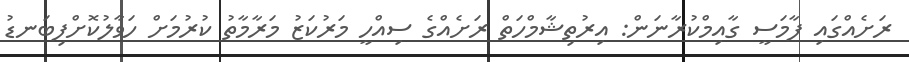
ރަށެއްގައި ފާމަސީ ގާއިމްކުރާނަން: އިރުތިޝާމްހަތް ރަށެއްގެ ސިއްހީ މަރުކަޒު މަރާމާތު ކުރުމަށް ހަވާލުކޮށްފިބަނޑު